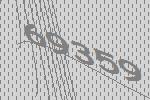
69359